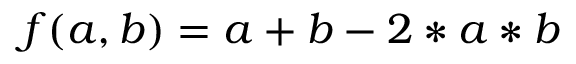
f ( a , b ) = a + b - 2 * a * b